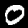
Label: 0